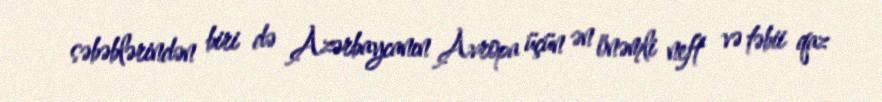
səbəblərindən biri də Azərbaycanın Avropa üçün ən önəmli neft və təbii qaz